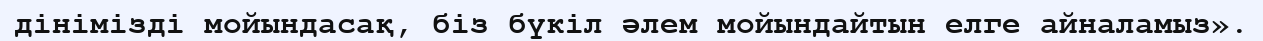
дінімізді мойындасақ, біз бүкіл әлем мойындайтын елге айналамыз».